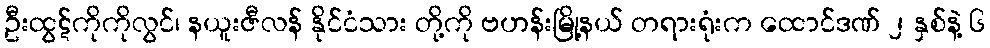
ဦးထွဋ်ကိုကိုလွင်၊ နယူးဇီလန် နိုင်ငံသား တို့ကို ဗဟန်းမြို့နယ် တရားရုံးက ထောင်ဒဏ် ၂ နှစ်နဲ့ ၆